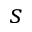
s